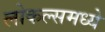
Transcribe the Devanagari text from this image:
लोकल्समध्ये